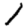
Digit: 1